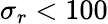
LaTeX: \sigma_{r}<100